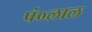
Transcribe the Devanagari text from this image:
पं०लाल